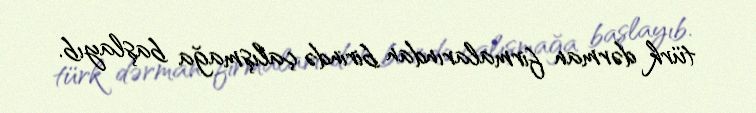
türk dərman firmalarından birində çalışmağa başlayıb.